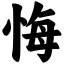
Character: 悔